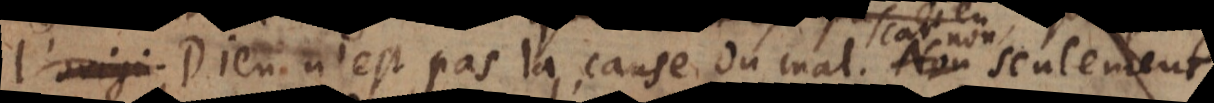
l’origi Dieu n’est pas la cause du mal. non seulement